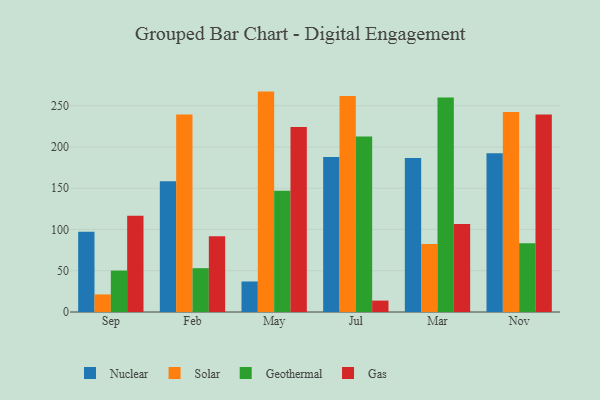
{"axis": {"x": "Month", "y": "Revenue (USD Million)"}, "legend": ["Gas", "Geothermal", "Nuclear", "Solar"], "data": [{"x": "Sep", "y": 97.4, "type": "Nuclear"}, {"x": "Sep", "y": 21.3, "type": "Solar"}, {"x": "Sep", "y": 50.2, "type": "Geothermal"}, {"x": "Sep", "y": 116.7, "type": "Gas"}, {"x": "Feb", "y": 158.4, "type": "Nuclear"}, {"x": "Feb", "y": 239.3, "type": "Solar"}, {"x": "Feb", "y": 53.1, "type": "Geothermal"}, {"x": "Feb", "y": 91.9, "type": "Gas"}, {"x": "May", "y": 37.0, "type": "Nuclear"}, {"x": "May", "y": 267.1, "type": "Solar"}, {"x": "May", "y": 147.0, "type": "Geothermal"}, {"x": "May", "y": 224.2, "type": "Gas"}, {"x": "Jul", "y": 187.7, "type": "Nuclear"}, {"x": "Jul", "y": 261.7, "type": "Solar"}, {"x": "Jul", "y": 212.8, "type": "Geothermal"}, {"x": "Jul", "y": 13.8, "type": "Gas"}, {"x": "Mar", "y": 186.5, "type": "Nuclear"}, {"x": "Mar", "y": 82.3, "type": "Solar"}, {"x": "Mar", "y": 260.1, "type": "Geothermal"}, {"x": "Mar", "y": 106.7, "type": "Gas"}, {"x": "Nov", "y": 192.3, "type": "Nuclear"}, {"x": "Nov", "y": 242.3, "type": "Solar"}, {"x": "Nov", "y": 83.2, "type": "Geothermal"}, {"x": "Nov", "y": 239.4, "type": "Gas"}]}